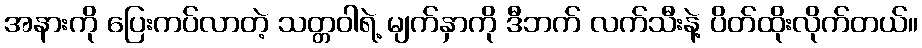
အနားကို ပြေးကပ်လာတဲ့ သတ္တဝါရဲ့ မျက်နှာကို ဒီဘက် လက်သီးနဲ့ ပိတ်ထိုးလိုက်တယ်။